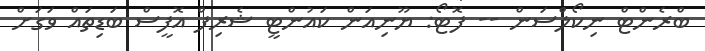
ބްރެންޓް ނިކޯލްސަން -- ފޮޓޯ: ޔޫނިއަން ކައުންޓީ ޝެރިފް އޮފީސް ބަޑިތައް ވަގަށް